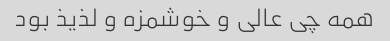
همه چی عالی و خوشمزه و لذیذ بود